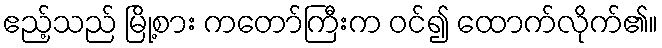
ဧည့်သည် မြို့စား ကတော်ကြီးက ဝင်၍ ထောက်လိုက်၏။